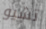
تشيو